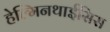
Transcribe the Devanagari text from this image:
हेल्मिनथाईसिस